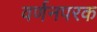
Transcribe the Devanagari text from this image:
वर्णनपरक